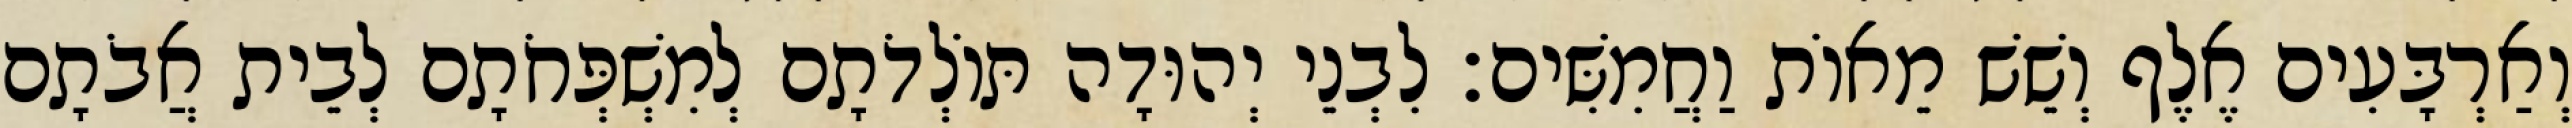
וְאַרְבָּעִים אֶלֶף וְשֵׁשׁ מֵאוֹת וַחֲמִשִּׁים׃ לִבְנֵי יְהוּדָה תּוֹלְדֹתָם לְמִשְׁפְּחֹתָם לְבֵית אֲבֹתָם